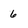
Character: 6